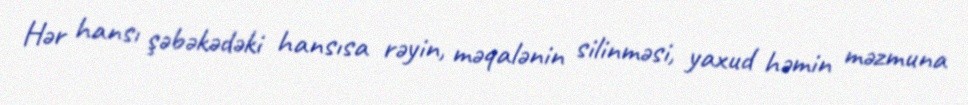
Hər hansı şəbəkədəki hansısa rəyin, məqalənin silinməsi, yaxud həmin məzmuna